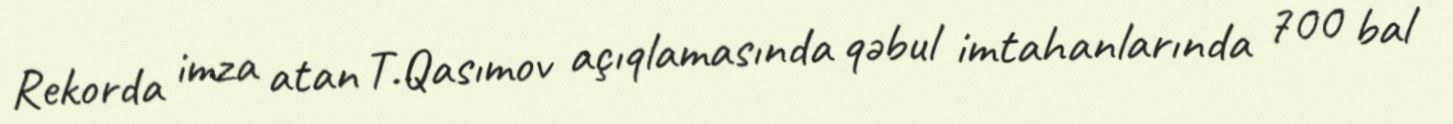
Rekorda imza atan T.Qasımov açıqlamasında qəbul imtahanlarında 700 bal